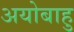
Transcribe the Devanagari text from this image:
अयोबाहु